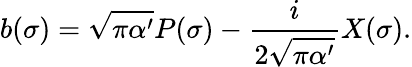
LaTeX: b(\sigma)=\sqrt{\pi\alpha^{\prime}}P(\sigma)-\frac{i}{2\sqrt{\pi\alpha^{\prime}}}X(\sigma).